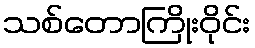
သစ်တောကြိုးဝိုင်း